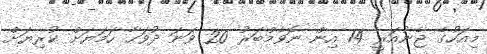
މިއަހުގެ ޖެނުއަރީ 14 އިން ނޮވެމްބަރު 20 ވަނަ ދުވަހާ ހަމަޔަށް ކުރިޔަށް